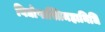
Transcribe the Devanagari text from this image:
विद्योपास्तिमहानिधि